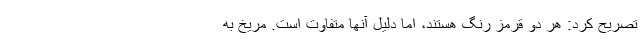
تصریح کرد: هر دو قرمز رنگ هستند، اما دلیل آنها متفاوت است. مریخ به